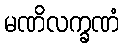
မဏိလက္ခဏံ